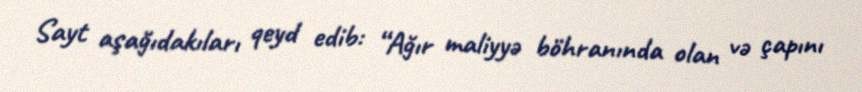
Sayt aşağıdakıları qeyd edib: “Ağır maliyyə böhranında olan və çapını